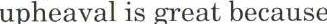
upheaval is great because